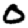
Digit: 0